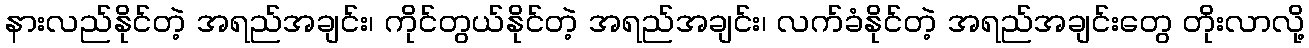
နားလည်နိုင်တဲ့ အရည်အချင်း၊ ကိုင်တွယ်နိုင်တဲ့ အရည်အချင်း၊ လက်ခံနိုင်တဲ့ အရည်အချင်းတွေ တိုးလာလို့